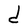
Character: d